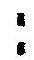
: